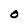
Character: O